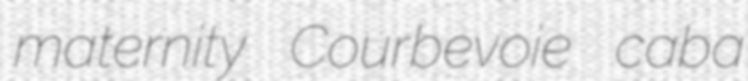
maternity Courbevoie caba